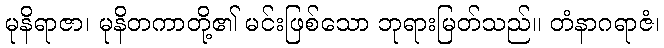
မုနိရာဇာ၊ မုနိတကာတို့၏ မင်းဖြစ်သော ဘုရားမြတ်သည်။ တံနာဂရာဇံ၊